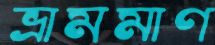
ভ্রামমাণ